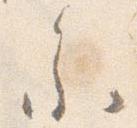
参